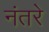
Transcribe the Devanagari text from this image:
नंतरे